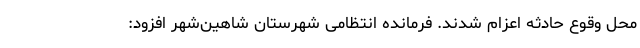
محل وقوع حادثه اعزام شدند. فرمانده انتظامی شهرستان شاهین‌شهر افزود: